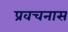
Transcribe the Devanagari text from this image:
प्रवचनास